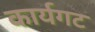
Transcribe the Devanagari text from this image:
कार्यगट